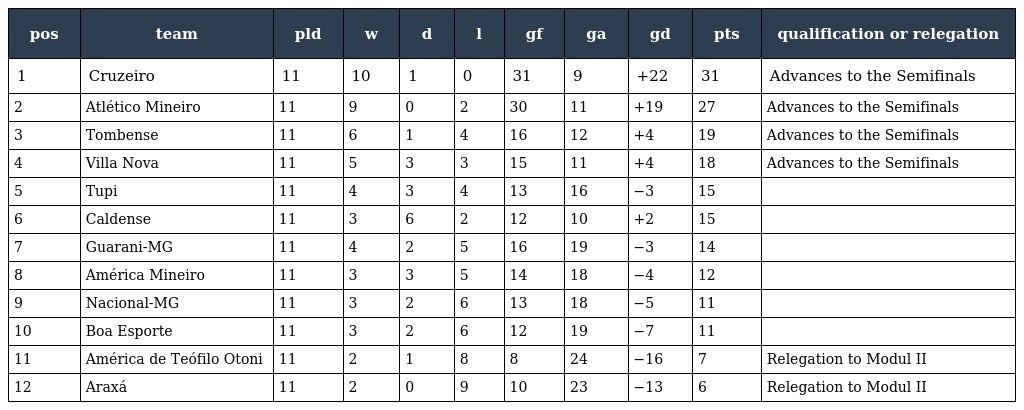
| pos | team | pld | w | d | l | gf | ga | gd | pts | qualification or relegation |
 | --- | --- | --- | --- | --- | --- | --- | --- | --- | --- | --- |
 | 1 | Cruzeiro | 11 | 10 | 1 | 0 | 31 | 9 | +22 | 31 | Advances to the Semifinals |
 | 2 | Atlético Mineiro | 11 | 9 | 0 | 2 | 30 | 11 | +19 | 27 | Advances to the Semifinals |
 | 3 | Tombense | 11 | 6 | 1 | 4 | 16 | 12 | +4 | 19 | Advances to the Semifinals |
 | 4 | Villa Nova | 11 | 5 | 3 | 3 | 15 | 11 | +4 | 18 | Advances to the Semifinals |
 | 5 | Tupi | 11 | 4 | 3 | 4 | 13 | 16 | −3 | 15 |  |
 | 6 | Caldense | 11 | 3 | 6 | 2 | 12 | 10 | +2 | 15 |  |
 | 7 | Guarani-MG | 11 | 4 | 2 | 5 | 16 | 19 | −3 | 14 |  |
 | 8 | América Mineiro | 11 | 3 | 3 | 5 | 14 | 18 | −4 | 12 |  |
 | 9 | Nacional-MG | 11 | 3 | 2 | 6 | 13 | 18 | −5 | 11 |  |
 | 10 | Boa Esporte | 11 | 3 | 2 | 6 | 12 | 19 | −7 | 11 |  |
 | 11 | América de Teófilo Otoni | 11 | 2 | 1 | 8 | 8 | 24 | −16 | 7 | Relegation to Modul II |
 | 12 | Araxá | 11 | 2 | 0 | 9 | 10 | 23 | −13 | 6 | Relegation to Modul II |